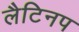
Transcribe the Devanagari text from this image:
लैटिनप